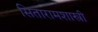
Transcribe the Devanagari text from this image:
सितारामशास्त्री